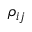
\rho _ { i j }